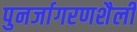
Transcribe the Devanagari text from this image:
पुनर्जागरणशैली